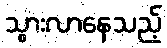
သွားလာနေသည့်